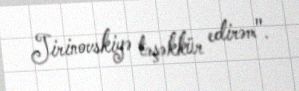
Jirinovskiyə təşəkkür edirəm".